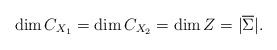
LaTeX: \begin{align*}\dim C_{X_1} = \dim C_{X_2} = \dim Z = |\overline \Sigma|.\end{align*}